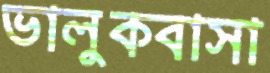
ভালুকবাসা